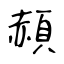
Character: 頳